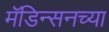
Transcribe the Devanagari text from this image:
मॅडिन्सनच्या